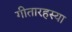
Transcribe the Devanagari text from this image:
गीतारहस्या